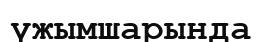
үжымшарында